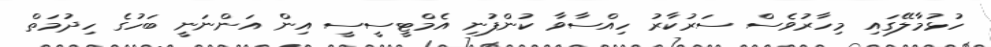
ހުޅުމާލޭގައި މިހާރުވެސް ސަރުކާރު ހިއްސާވާ ކުންފުނި އެމްޓީސީސީ އިން އަންނަނީ ބަހުގެ ހިދުމަތް